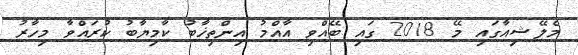
މެލޭޝިއާގައި މޭ 2018 ގައި ބޭއްވި އާއްމު އިންތިޚާބު ކާމިޔާބު ކުރައްވާ މިހާރު